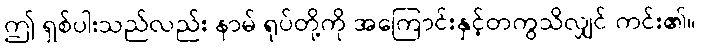
ဤ ရှစ်ပါးသည်လည်း နာမ် ရုပ်တို့ကို အကြောင်းနှင့်တကွသိလျှင် ကင်း၏။